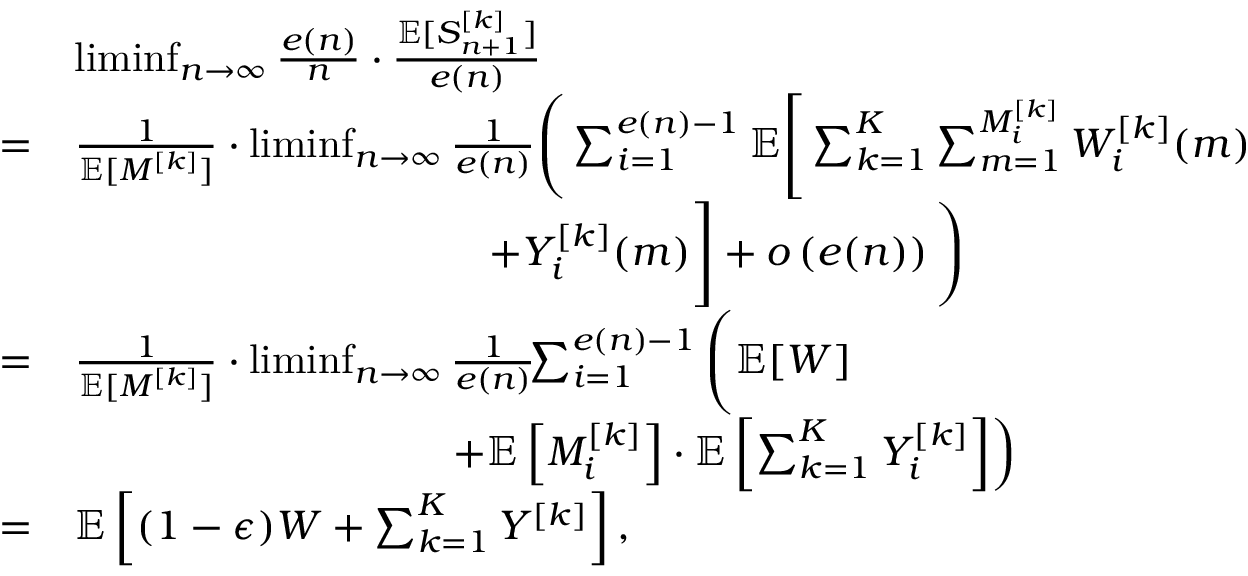
\begin{array} { r l } & { \operatorname* { l i m i n f } _ { n \rightarrow \infty } \frac { e ( n ) } { n } \cdot \frac { { \mathbb { E } } [ S _ { n + 1 } ^ { [ k ] } ] } { e ( n ) } } \\ { = } & { \frac { 1 } { { \mathbb { E } } [ M ^ { [ k ] } ] } \cdot \operatorname* { l i m i n f } _ { n \rightarrow \infty } \frac { 1 } { e ( n ) } \Bigg ( \sum _ { i = 1 } ^ { e ( n ) - 1 } { \mathbb { E } } \Bigg [ \sum _ { k = 1 } ^ { K } \sum _ { m = 1 } ^ { M _ { i } ^ { [ k ] } } W _ { i } ^ { [ k ] } ( m ) } \\ & { \qquad \qquad \qquad \qquad \qquad + Y _ { i } ^ { [ k ] } ( m ) \Bigg ] + o \left( e ( n ) \right) \Bigg ) } \\ { = } & { \frac { 1 } { { \mathbb { E } } [ M ^ { [ k ] } ] } \cdot \operatorname* { l i m i n f } _ { n \rightarrow \infty } \frac { 1 } { e ( n ) } \! \! \sum _ { i = 1 } ^ { e ( n ) - 1 } \Bigg ( { \mathbb { E } } [ W ] } \\ & { \qquad \qquad \qquad \qquad \quad \left. + { \mathbb { E } } \left[ M _ { i } ^ { [ k ] } \right] \cdot { \mathbb { E } } \left[ \sum _ { k = 1 } ^ { K } Y _ { i } ^ { [ k ] } \right] \right) } \\ { = } & { { \mathbb { E } } \left[ ( 1 - \epsilon ) W + \sum _ { k = 1 } ^ { K } Y ^ { [ k ] } \right] , } \end{array}